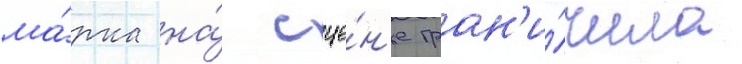
ма́рка на́ сце́н'е гран'и́чила